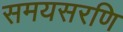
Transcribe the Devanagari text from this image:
समयसरणि